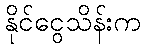
နိုင်ငွေသိန်းက